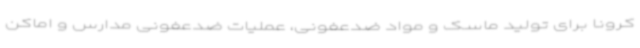
کرونا برای تولید ماسک و مواد ضدعفونی، عملیات ضدعفونی مدارس و اماکن